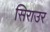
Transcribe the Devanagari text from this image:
सिराउर